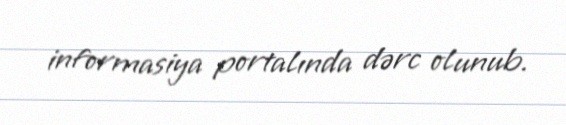
informasiya portalında dərc olunub.